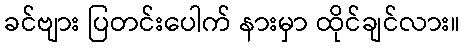
ခင်ဗျား ပြတင်းပေါက် နားမှာ ထိုင်ချင်လား။